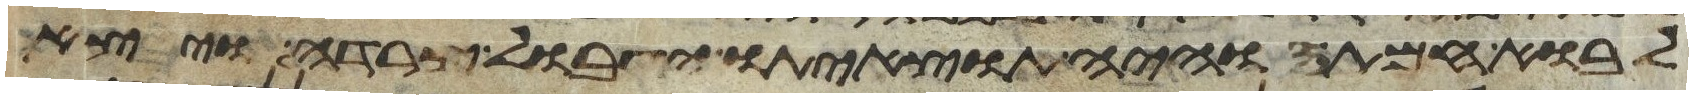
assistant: לבוא חמתה והיה תוצאיתו הגבול צרדה ויצא